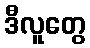
ဒီလူတွေ